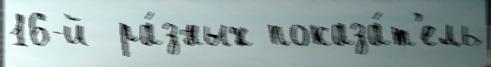
16-й  ра́зных показа́т'ель